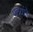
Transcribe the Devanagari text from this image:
पत्र्यांचे